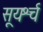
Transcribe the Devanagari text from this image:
सूयर्श्च